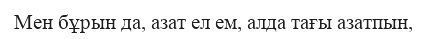
Мен бұрын да, азат ел ем, алда тағы азатпын,